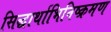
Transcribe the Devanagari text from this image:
सिद्धार्थाभिनिष्क्रमण